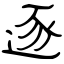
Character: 逐